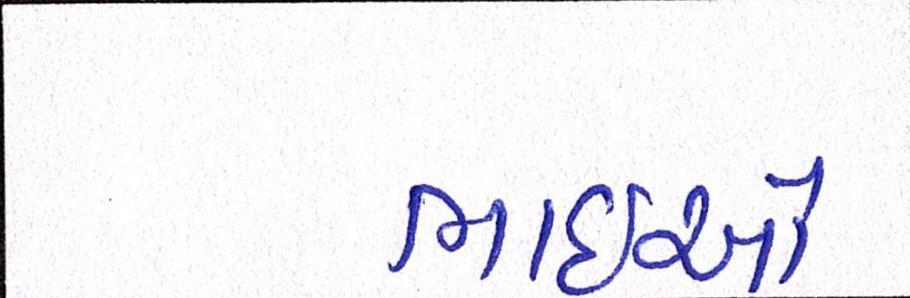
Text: ભાઈઓ